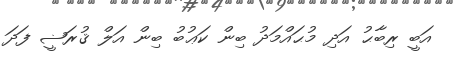
އަބީ ރިބާޙު އަދި މުޙައްމަދު ބިން ކަޢުބު ބިން އަލް ޤުރަޟީ ފަދަ